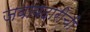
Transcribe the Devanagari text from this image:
जवाबदारीची